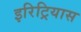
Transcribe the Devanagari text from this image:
इरिट्रियास